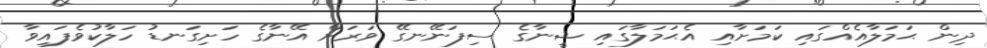
ދިން ޙަމަލާއެއްގައި ކަމަށާއި އެޙަމަލާގައި ޝީނާގެ ސިފަނޭނގޭ ވަރަށް އޭނާގެ ހަށިގަނޑު ހަލާކުވެފައިވާ